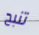
تنبح